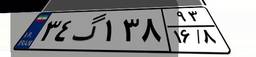
۳۴گ۱۳۸۹۳